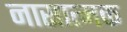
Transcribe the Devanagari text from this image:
नासात्मक